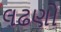
લઢણો